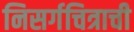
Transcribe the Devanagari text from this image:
निसर्गचित्राची